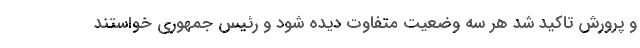
و پرورش تاکید شد هر سه وضعیت متفاوت دیده شود و رئیس جمهوری خواستند